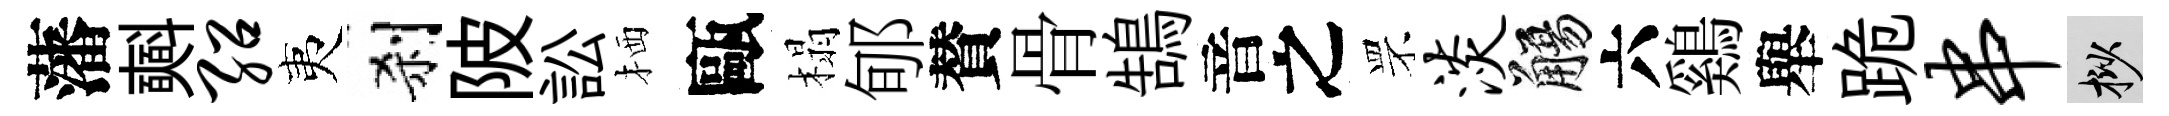
藩𣂏绍夷刹陂訟栖甌榻郇賛骨鵠音之罘淡觴六鷄舉跪串挲